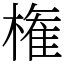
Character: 権